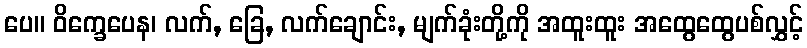
ပေ။ ဝိက္ခေပေန၊ လက်, ခြေ, လက်ချောင်း, မျက်ခုံးတို့ကို အထူးထူး အထွေထွေပစ်လွှင့်